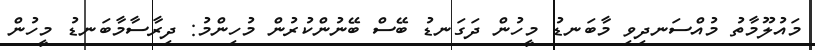
މައުލޫމާތު މުއްސަނދިވި މާބަނޑު މީހުން ދަގަނޑު ބޭސް ބޭނުންކުރުން މުހިންމު: ދިރާސާމާބަނޑު މީހުން